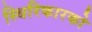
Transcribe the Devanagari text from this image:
स्थिरिकारको